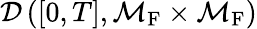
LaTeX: \mathcal{D}\left([0,T],\mathcal{M}_{\mathrm{F}}\times\mathcal{M}_{\mathrm{F}}\right)